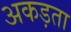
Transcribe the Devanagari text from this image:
अकड़ता